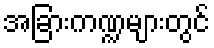
အခြားကဏ္ဍများတွင်